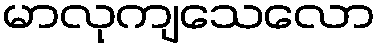
မာလုကျသေလော